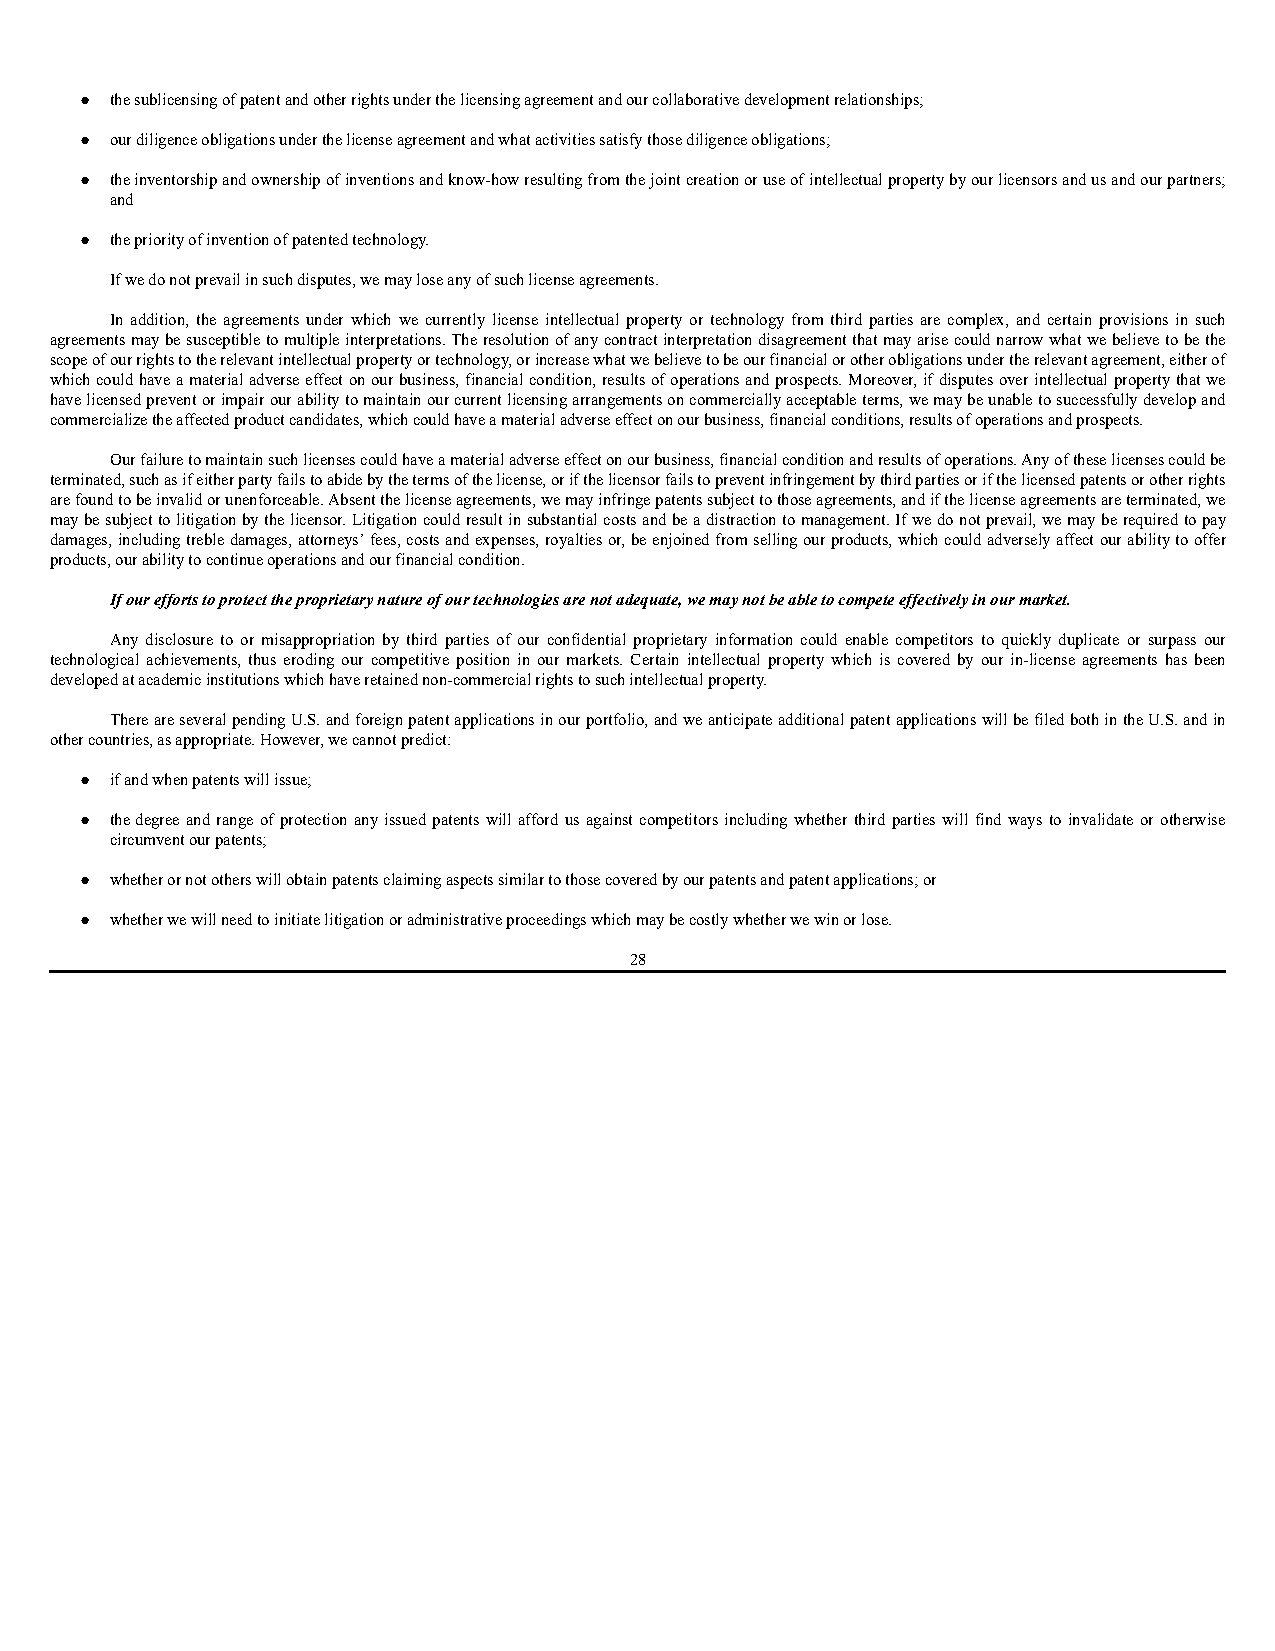
● the sublicensing of patent and other rights under the licensing agreement and our collaborative development relationships;
 ● our diligence obligations under the license agreement and what activities satisfy those diligence obligations;
 ● the inventorship and ownership of inventions and know-how resulting from the joint creation or use of intellectual property by our licensors and us and our partners;
 and
 ● the priority of invention of patented technology.
 If we do not prevail in such disputes, we may lose any of such license agreements.
 In addition, the agreements under which we currently license intellectual property or technology from third parties are complex, and certain provisions in such
 agreements may be susceptible to multiple interpretations. The resolution of any contract interpretation disagreement that may arise could narrow what we believe to be the
 scope of our rights to the relevant intellectual property or technology, or increase what we believe to be our financial or other obligations under the relevant agreement, either of
 which could have a material adverse effect on our business, financial condition, results of operations and prospects. Moreover, if disputes over intellectual property that we
 have licensed prevent or impair our ability to maintain our current licensing arrangements on commercially acceptable terms, we may be unable to successfully develop and
 commercialize the affected product candidates, which could have a material adverse effect on our business, financial conditions, results of operations and prospects.
 Our failure to maintain such licenses could have a material adverse effect on our business, financial condition and results of operations. Any of these licenses could be
 terminated, such as if either party fails to abide by the terms of the license, or if the licensor fails to prevent infringement by third parties or if the licensed patents or other rights
 are found to be invalid or unenforceable. Absent the license agreements, we may infringe patents subject to those agreements, and if the license agreements are terminated, we
 may be subject to litigation by the licensor. Litigation could result in substantial costs and be a distraction to management. If we do not prevail, we may be required to pay
 damages, including treble damages, attorneys’ fees, costs and expenses, royalties or, be enjoined from selling our products, which could adversely affect our ability to offer
 products, our ability to continue operations and our financial condition.
 If our efforts to protect the proprietary nature of our technologies are not adequate, we may not be able to compete effectively in our market.
 Any disclosure to or misappropriation by third parties of our confidential proprietary information could enable competitors to quickly duplicate or surpass our
 technological achievements, thus eroding our competitive position in our markets. Certain intellectual property which is covered by our in-license agreements has been
 developed at academic institutions which have retained non-commercial rights to such intellectual property.
 There are several pending U.S. and foreign patent applications in our portfolio, and we anticipate additional patent applications will be filed both in the U.S. and in
 other countries, as appropriate. However, we cannot predict:
 ● if and when patents will issue;
 ● the degree and range of protection any issued patents will afford us against competitors including whether third parties will find ways to invalidate or otherwise
 circumvent our patents;
 ● whether or not others will obtain patents claiming aspects similar to those covered by our patents and patent applications; or
 ● whether we will need to initiate litigation or administrative proceedings which may be costly whether we win or lose.
 28